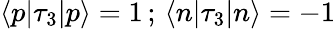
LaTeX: \langle p|\tau_{3}|p\rangle=1\, ;\, \langle n|\tau_{3}|n\rangle=-1